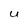
Character: U